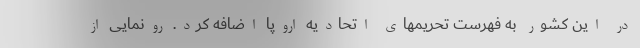
در این کشور به فهرست تحریمهای اتحادیه اروپا اضافه کرد. رونمایی از